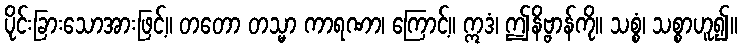
ပိုင်းခြားသောအားဖြင့်။ တတော တသ္မာ ကာရဏာ၊ ကြောင့်။ ဣဒံ၊ ဤနိဗ္ဗာန်ကို။ သစ္စံ၊ သစ္စာဟူ၍။